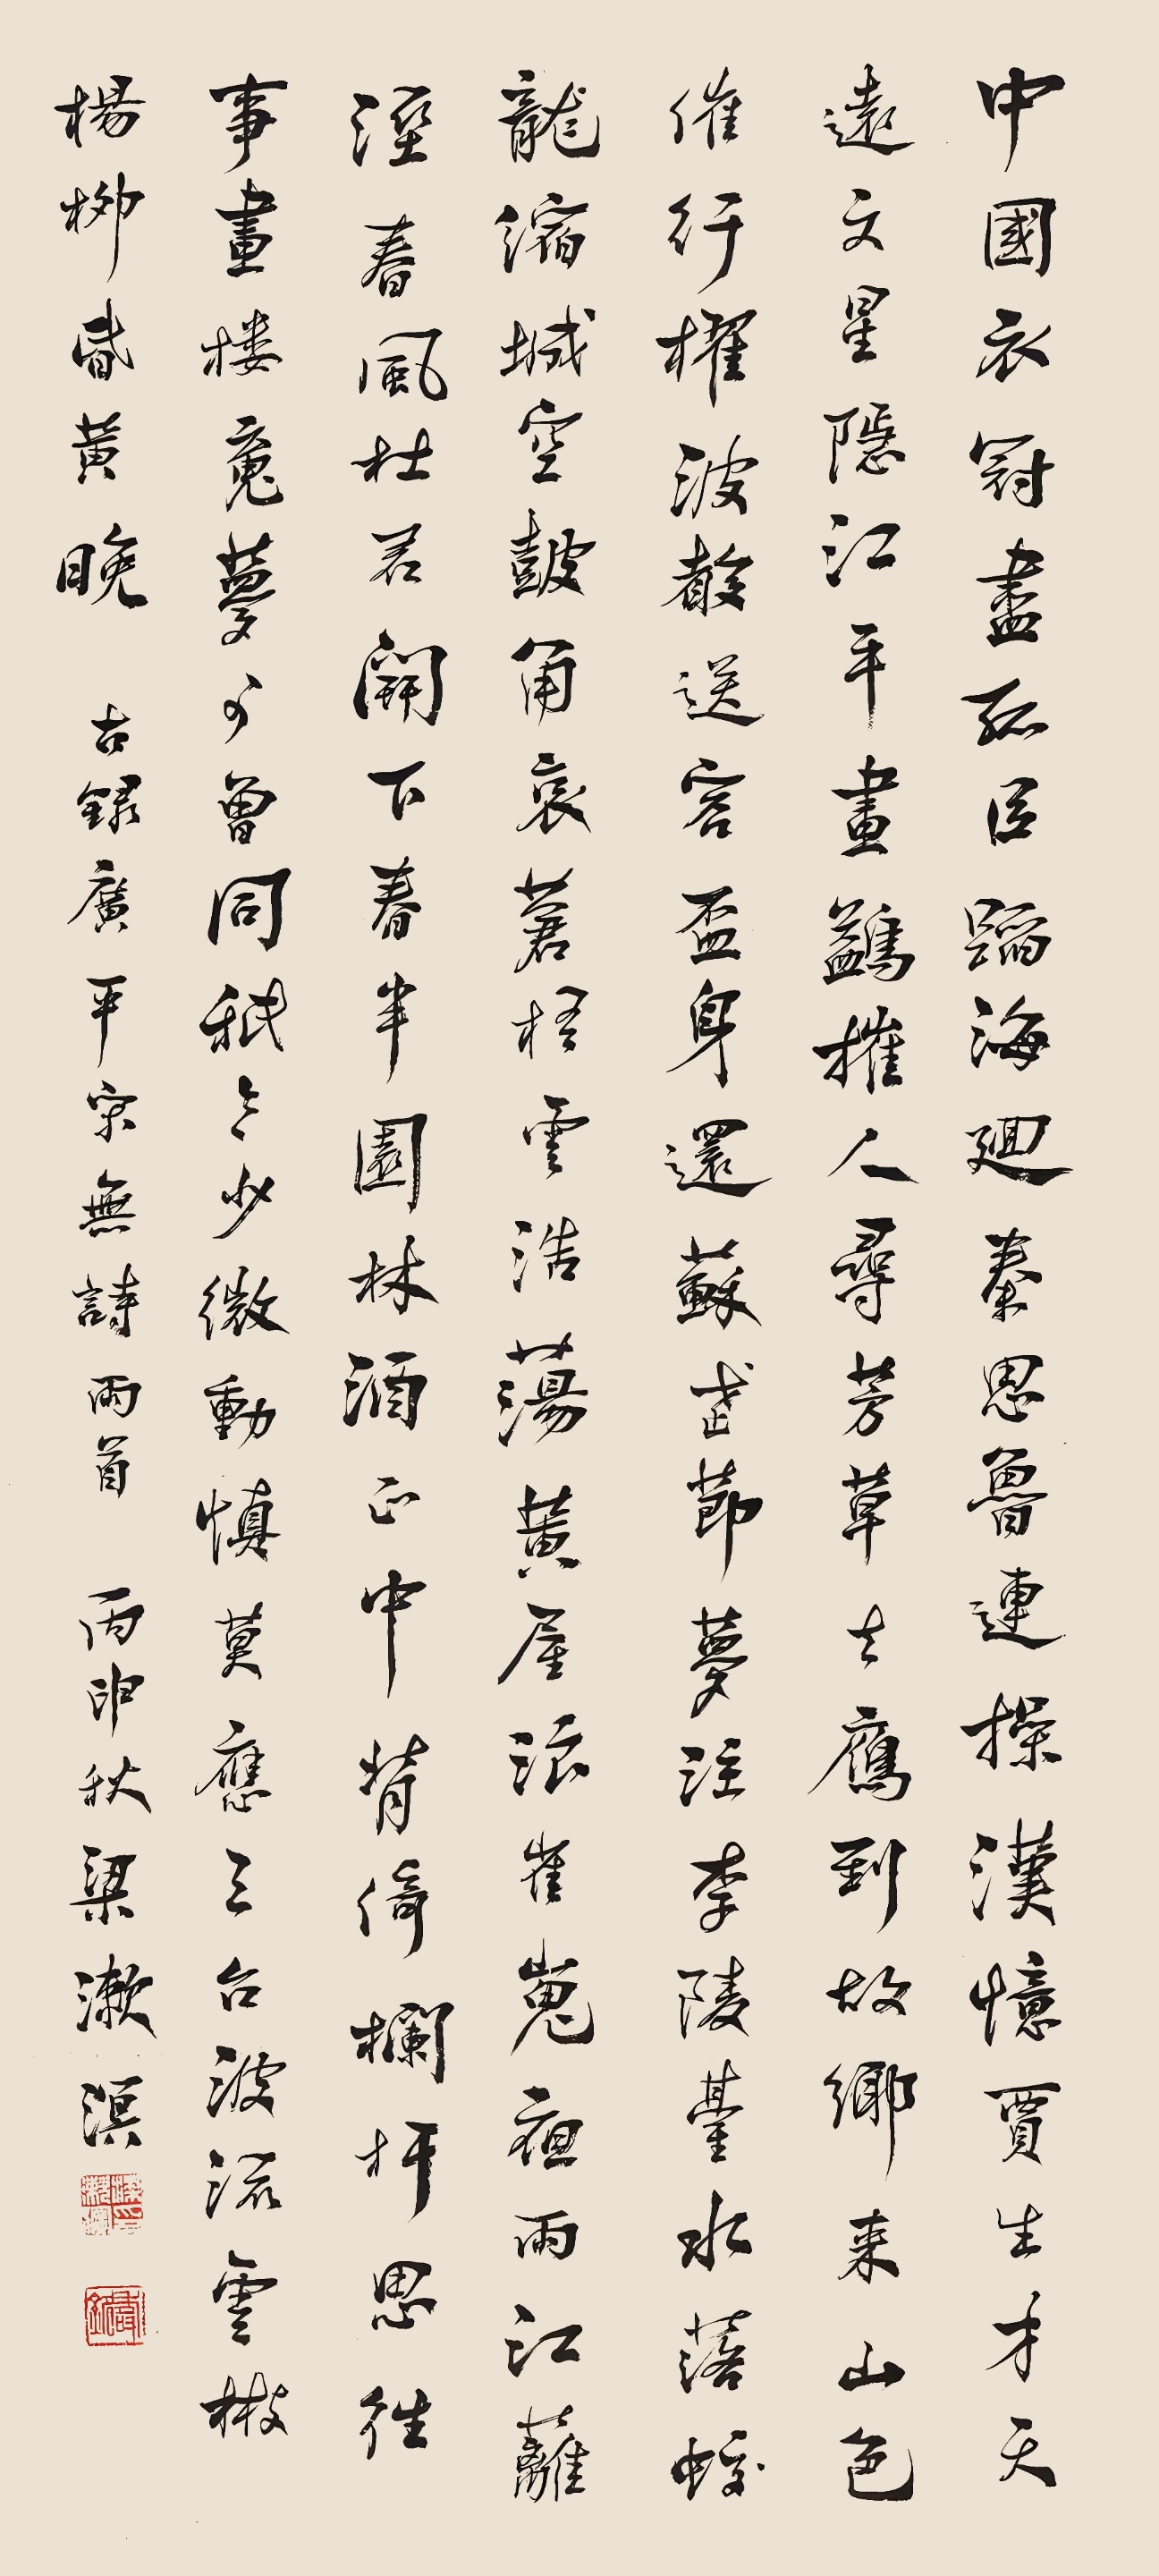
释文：中国衣冠尽，孤臣蹈海边。廽秦思鲁连操，汉忆贾生才。天远文星隐，江平尽鹢摧。人寻芳草去，鹰到故乡来。山色摧行櫂，波声送客杯。身还苏武节，梦泣李陵台。水落蛟龙缩，城空鼓角衰。苍梧浩荡，黄屋浪崔嵬。夜雨江蓠湿，春风杜若开。下春半亩林，酒正中背倚阑干，思往事尽。楼䰟梦可曾同。只令少微动，慎莫应三台。波流云树杨柳昏黄晚。古录广平宋无诗两首。丙申秋，梁漱溟。